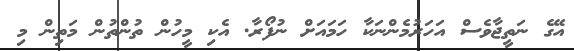
އޭގެ ނަތީޖާވެސް އަހަރުމެންނަކާ ހަމައަށް ނުފޯރާ. އެކި މީހުން ތުންތުން މަތިން މި